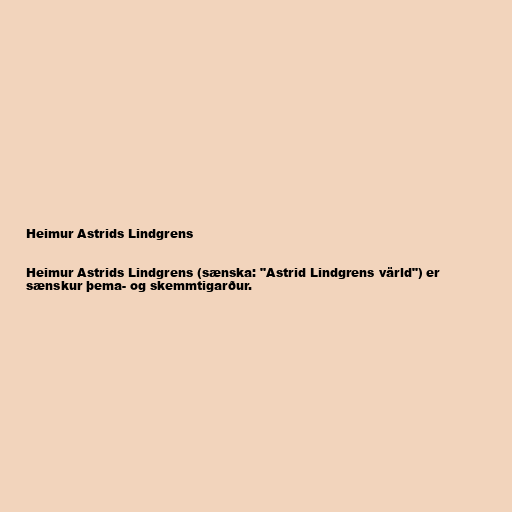
Heimur Astrids Lindgrens

Heimur Astrids Lindgrens (sænska: "Astrid Lindgrens värld") er
sænskur þema- og skemmtigarður.